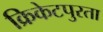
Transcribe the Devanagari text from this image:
क्रिकेटपुरता